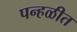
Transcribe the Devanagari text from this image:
पन्हळीत